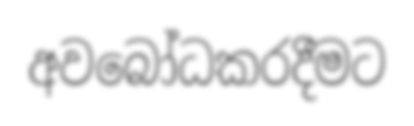
අවබෝධකරදීමට